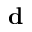
\mathbf { d }